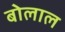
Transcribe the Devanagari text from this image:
बोलाल